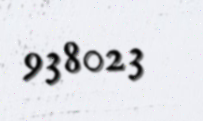
938023